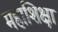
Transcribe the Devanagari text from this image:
महाशिक्षा